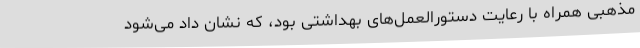
مذهبی همراه با رعایت دستورالعمل‌های بهداشتی بود، که نشان داد می‌شود